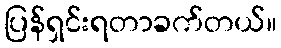
ပြန်ရှင်းရတာခက်တယ်။